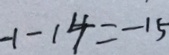
- 1 - 1 4 = - 1 5